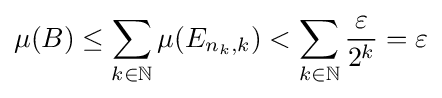
\mu (B)\leq \sum _{k\in \mathbb {N} }\mu (E_{n_{k},k})<\sum _{k\in \mathbb {N} }{\frac {\varepsilon }{2^{k}}}=\varepsilon